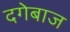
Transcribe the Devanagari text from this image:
दगेबाज